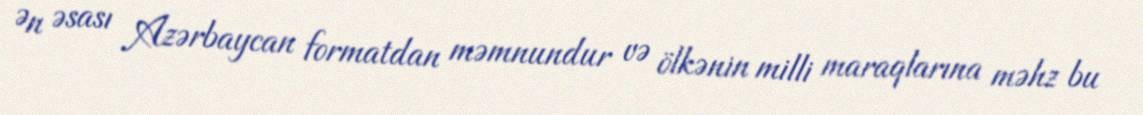
Ən əsası Azərbaycan formatdan məmnundur və ölkənin milli maraqlarına məhz bu